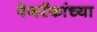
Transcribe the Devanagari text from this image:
पेजरँकांच्या